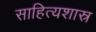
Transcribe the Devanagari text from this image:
साहित्यशास्र